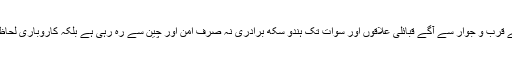
ادھر راولپنڈی اور اس کے قرب و جوار سے آگے قبائلی علاقوں اور سوات تک ہندو سکھ برادری نہ صرف امن اور چین سے رہ رہی ہے بلکہ کاروباری لحاظ سے بھی آسودہ حال ہے۔